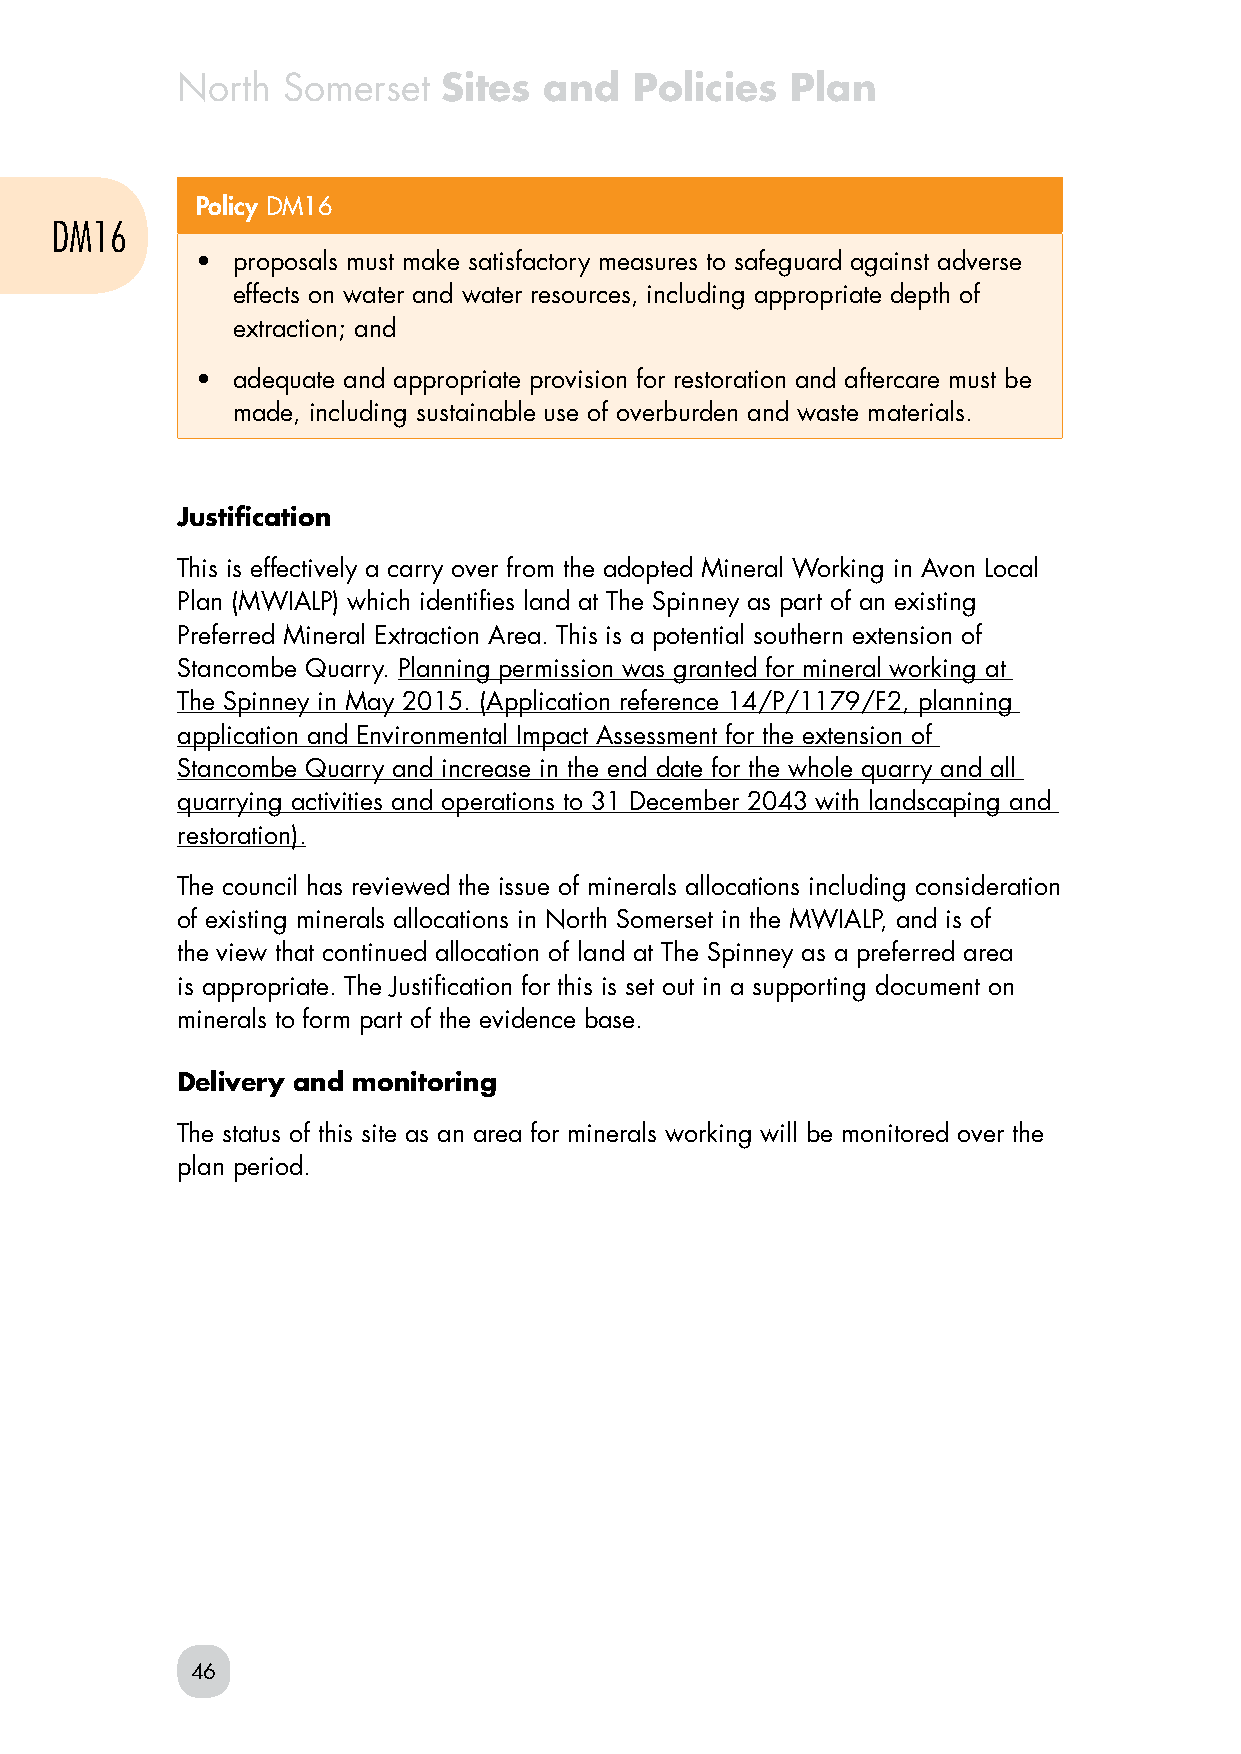
North  Somerset  Sites  and   Policies  Plan
 Policy DM16
 DM16
 • proposals must make satisfactory measures to safeguard against adverse
 effects on water and water resources, including appropriate depth of
 extraction; and
 • adequate and appropriate provision for restoration and aftercare must be
 made, including sustainable use of overburden and waste materials.
 Justification
 This is effectively a carry over from the adopted Mineral Working in Avon Local
 Plan (MWIALP) which identifies land at The Spinney as part of an existing
 Preferred Mineral Extraction Area. This is a potential southern extension of
 Stancombe Quarry. Planning permission was granted for mineral working at
 The Spinney in May 2015. (Application reference 14/P/1179/F2, planning
 application and Environmental Impact Assessment for the extension of
 Stancombe Quarry and increase in the end date for the whole quarry and all
 quarrying activities and operations to 31 December 2043 with landscaping and
 restoration).
 The council has reviewed the issue of minerals allocations including consideration
 of existing minerals allocations in North Somerset in the MWIALP, and is of
 the view that continued allocation of land at The Spinney as a preferred area
 is appropriate. The Justification for this is set out in a supporting document on
 minerals to form part of the evidence base.
 Delivery and monitoring
 The status of this site as an area for minerals working will be monitored over the
 plan period.
 46